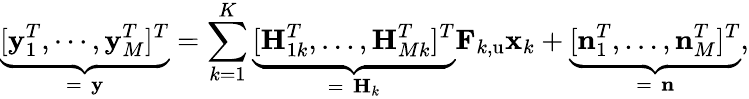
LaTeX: \underset{=\, \, \mathbf{y}}{\underbrace{[\mathbf{y}_{1}^{T},\cdots,\mathbf{y}_{M}^{T}]^{T}}}=\sum_{k=1}^{K}{\underset{=\, \, \mathbf{H}_{k}}{\underbrace{[\mathbf{H}_{1k}^{T},\dots,\mathbf{H}_{Mk}^{T}]^{T}}}\mathbf{F}_{k,\mathrm{u}}\mathbf{x}_{k}}+\underset{=\, \, \mathbf{n}}{\underbrace{[\mathbf{n}_{1}^{T},\dots,\mathbf{n}_{M}^{T}]^{T}}},